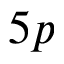
5 p